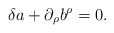
\begin{align*}\delta a + \partial_\rho b^\rho =0.\end{align*}